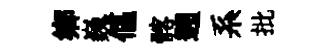
鄕巍傴髂遡系批